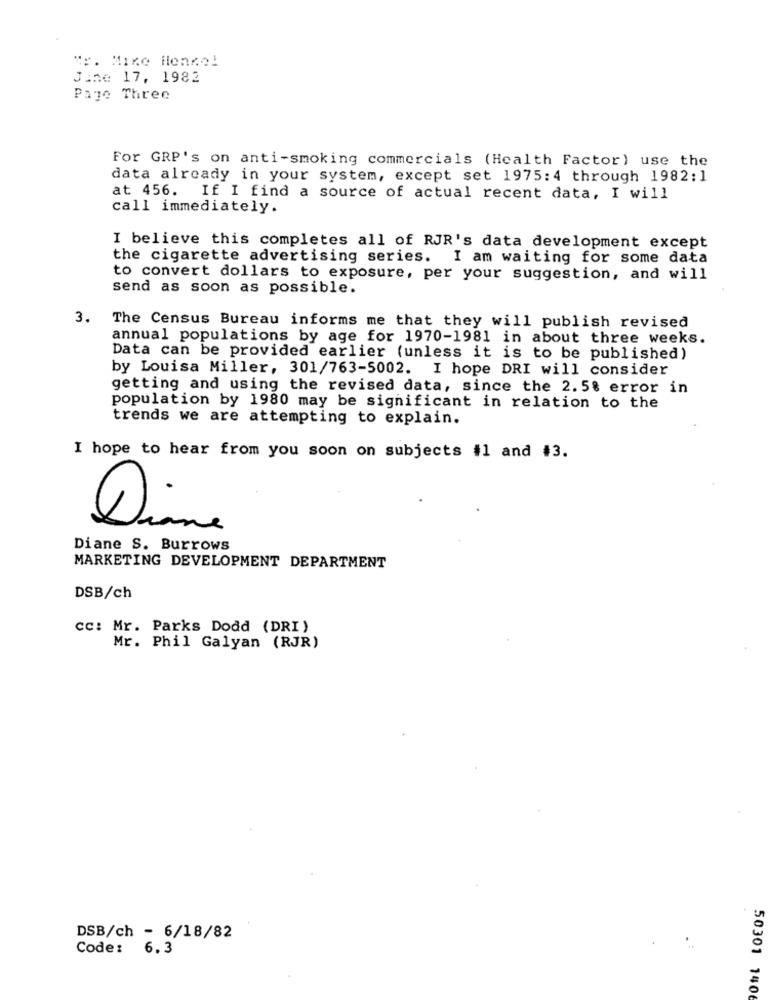
"p. Mike Hlendel
June 17, 1982
Page Three
For GRP's on anti-smoking commercials (Health Factor) use the
data already in your system, except set 1975:4 through 1982:1
at 456. If I find a source of actual recent data, I will
call immediately.
I believe this completes all of RJR's data development except
the cigarette advertising series. I am waiting for some data
to convert dollars to exposure, per your suggestion, and will
send as soon as possible.
3.
The Census Bureau informs me that they will publish revised
annual populations by age for 1970-1981 in about three weeks.
Data can be provided earlier (unless it is to be published)
by Louisa Miller, 301/763-5002. I hope DRI will consider
getting and using the revised data, since the 2.5% error in
population by 1980 may be significant in relation to the
trends we are attempting to explain.
I hope to hear from you soon on subjects #1 and #3.
Diane
ne
Diane S. Burrows
MARKETING DEVELOPMENT DEPARTMENT
DSB/ch
cc: Mr. Parks Dodd (DRI)
Mr. Phil Galyan (RJR)
DSB/ch - 6/18/82
Code: 6.3
50301 1406